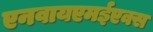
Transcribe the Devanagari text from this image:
एनवायएमईएक्स